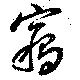
窃